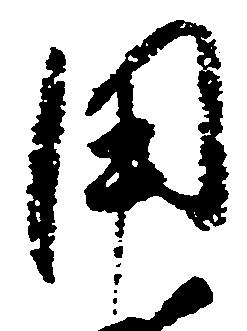
用